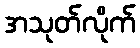
အသုတ်လိုက်